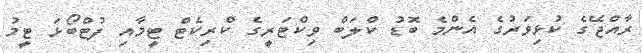
ރާއްޖޭގެ ކުޅިވަރުގެ އެންމެ ބޮޑު ކްލަބް ވިކްޓަރީގެ ކްރިކެޓް ޓީމާއި ފުޓްބޯޅަ ޓީމު